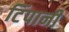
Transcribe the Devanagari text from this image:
टिंपानी